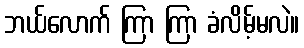
ဘယ်လောက် ကြာ ကြာ ခံလိမ့်မလဲ။